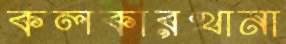
কলকারখানা